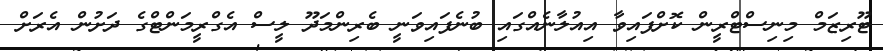
ޓޫރިޒަމް މިނިސްޓްރީން ކޮށްފައިވާ އިއުލާނެއްގައި ބުނެފައިވަނީ ބެރިންމަދޫ ލީސް އެގްރީމަންޓްގެ ދަށުން އެރަށް